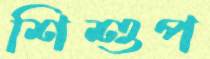
শিশুপ